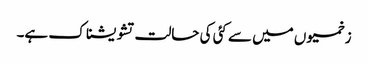
زخمیوں میں سے کئی کی حالت تشویشناک ہے۔